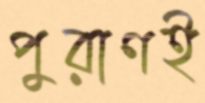
পুরাণই